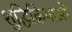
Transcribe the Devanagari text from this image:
शुद्धिक्रियाओं